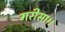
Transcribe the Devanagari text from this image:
गरीसा।।